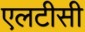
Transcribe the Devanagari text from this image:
एलटीसी